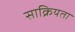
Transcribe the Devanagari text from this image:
साक्रियता